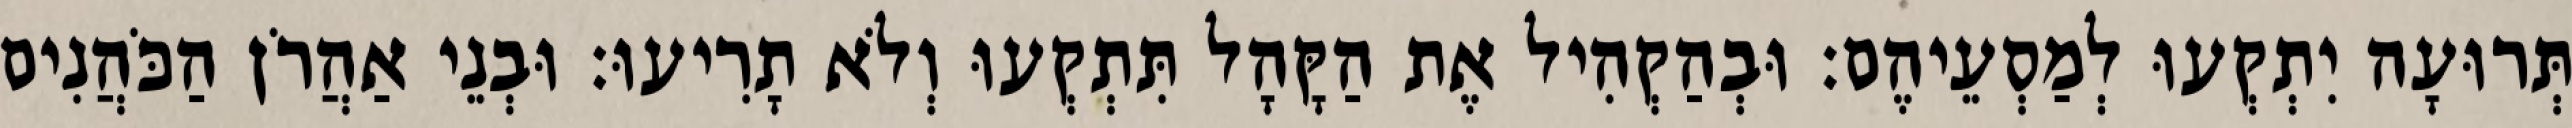
תְּרוּעָה יִתְקְעוּ לְמַסְעֵיהֶם׃ וּבְהַקְהִיל אֶת הַקָּהָל תִּתְקְעוּ וְלֹא תָרִיעוּ׃ וּבְנֵי אַהֲרֹן הַכֹּהֲנִים